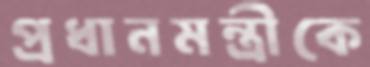
প্রধানমন্ত্রীকে